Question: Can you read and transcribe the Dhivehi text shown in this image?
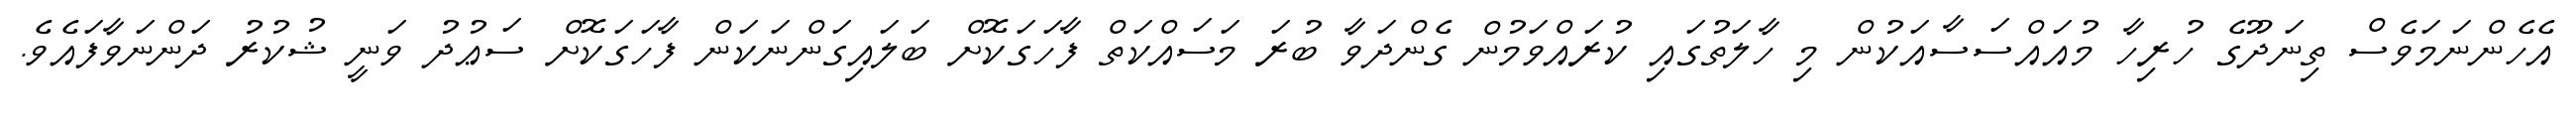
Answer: އެހެންނަމަވެސް ތިނަދޫގެ ހުރިހާ މުއައްސަސާއަކުން މި ހާލަތުގައި ކުރައްވަމުން ގެންދަވާ ބުރަ މަސައްކަތް ފާހަގަކޮށް ބަލައިގަންނަކަން ފާހަގަކޮށް ސަޢުދު ވަނީ ޝުކުރު ދަންނަވާފައެވެ.